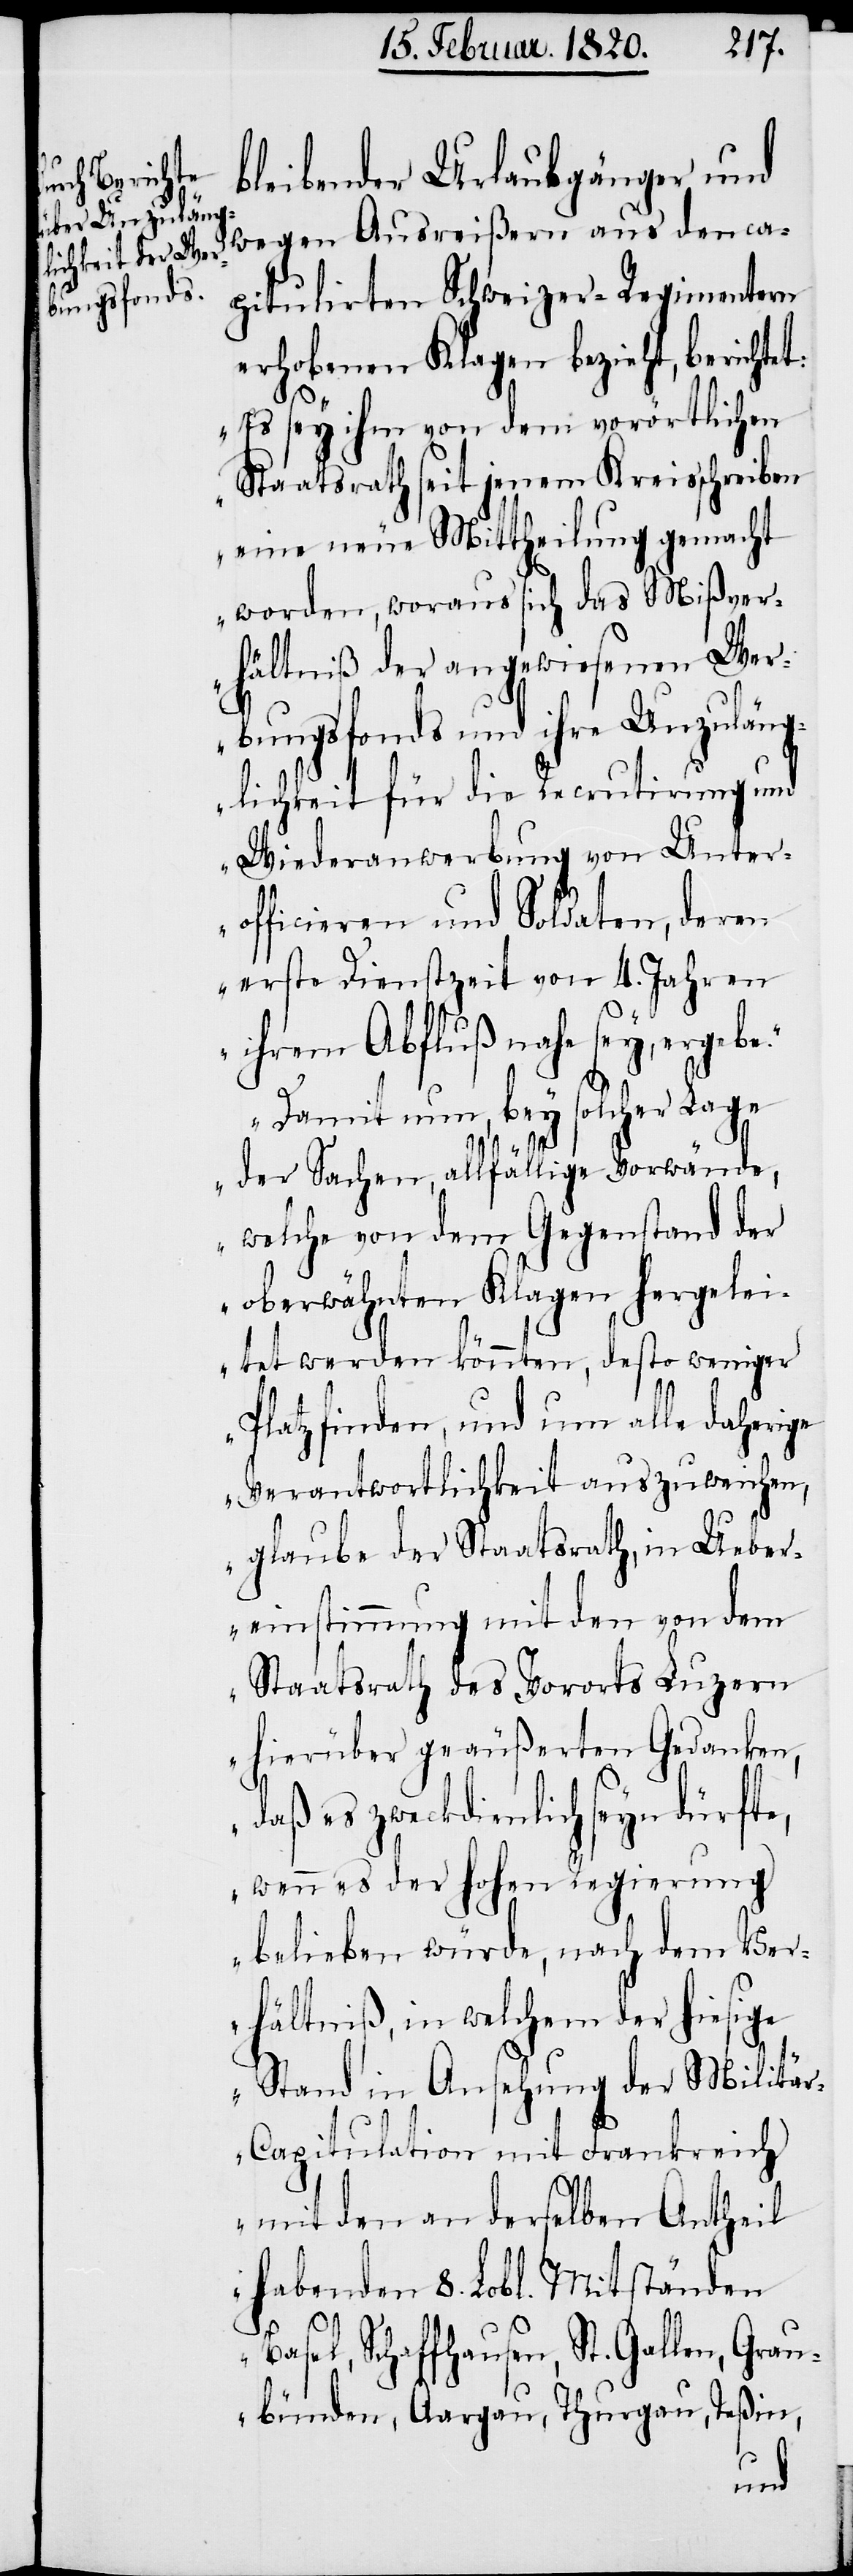
bleibender Urlaubgänger und
wegen Ausreißern aus den ca¬
pitulirten Schweizer-Regimentern
erhobenen Klagen bezieht, berichtet:
„Es sey ihm von dem vorörtlichen
Staatsrath seit jenem Kreisschreiben
eine neue Mittheilung gemacht
worden, woraus sich das Mißver¬
hältniß der angewiesenen Wer¬
bungsfonds und ihre Unzuläng¬
lichkeit für die Recrutirung und
Wiederanwerbung von Unter¬
officieren und Soldaten, deren
erste Dienstzeit von 4. Jahren
ihrem Abfluß nahe sey, ergebe.“
„Damit nun, bey solcher Lage
der Sachen, allfällige Vorwände,
welche von dem Gegenstand der
oberwähnten Klagen hergelei¬
tet werden könnten, desto weniger
Platz finden, und um alle daherige
Verantwortlichkeit auszuweichen,
glaube der Staatsrath, in Ueber¬
einstimmung mit den von dem
Staatsrath des Vororts Luzern
hierüber geäußerten Gedanken,
daß es zweckdienlich seyn dürfte,
wenn es der hohen Regierung
belieben würde, nach dem Ver¬
hältniß, in welchem der hiesige
Stand in Ansehung der Militä¬
r-Capitulation mit Frankreich
mit den an derselben Antheil
habenden 8. Lobl. Mitständen
Basel, Schaffhausen, St. Gallen, Grau¬
bünden, Aargau, Thurgau, Teßin,